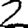
Digit: 2